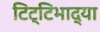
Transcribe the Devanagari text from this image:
टिट्‌टिभाद्या